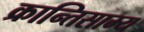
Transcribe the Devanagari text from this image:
क्रान्तिसाम्य